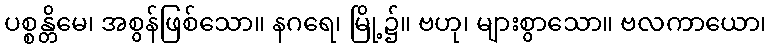
ပစ္စန္တိမေ၊ အစွန်ဖြစ်သော။ နဂရေ၊ မြို့၌။ ဗဟု၊ များစွာသော။ ဗလကာယော၊